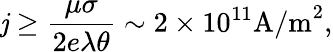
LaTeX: \mathit{j}\geq\frac{{\mu\sigma}}{{2e\lambda\theta}}\sim2\times10^{11}\textrm{{A/m}}^{2},